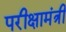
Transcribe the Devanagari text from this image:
परीक्षामंत्री